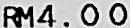
RM4.00